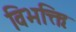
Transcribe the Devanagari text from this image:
विभक्तिः